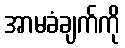
အာမခံချက်ကို